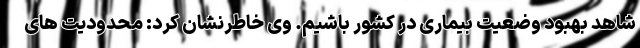
شاهد بهبود وضعیت بیماری در کشور باشیم. وی خاطرنشان کرد: محدودیت های